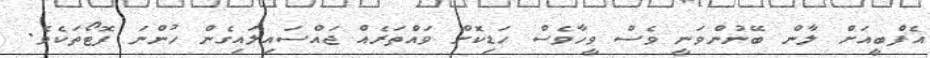
އެފްބީއަށް ލާން ބޭނުންވަނީ ވެސް ވީހާވެސް ހަޑިކޮށް ވައްތަރެއް ޖައްސައިލައިގެން ހުންނަ ފޮޓޯތަކެވެ.